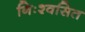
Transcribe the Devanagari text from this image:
निःश्वसित